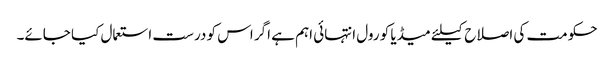
حکومت کی اصلاح کیلئے میڈیا کو رول انتہائی اہم ہے اگر اس کو درست استعمال کیا جائے۔